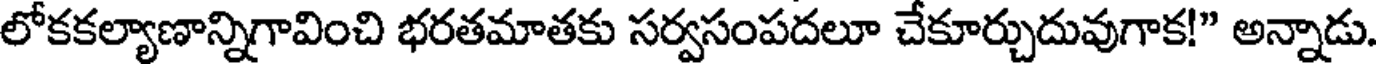
లోకకల్యాణాన్నిగావించి భరతమాతకు సర్వసంపదలూ చేకూర్చుదువుగాక!" అన్నాడు.